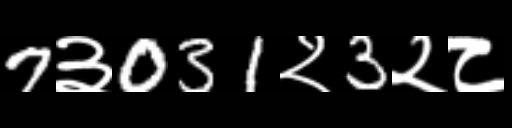
Text: 7३031२3२८